Leaving Certificate Examination, 1915
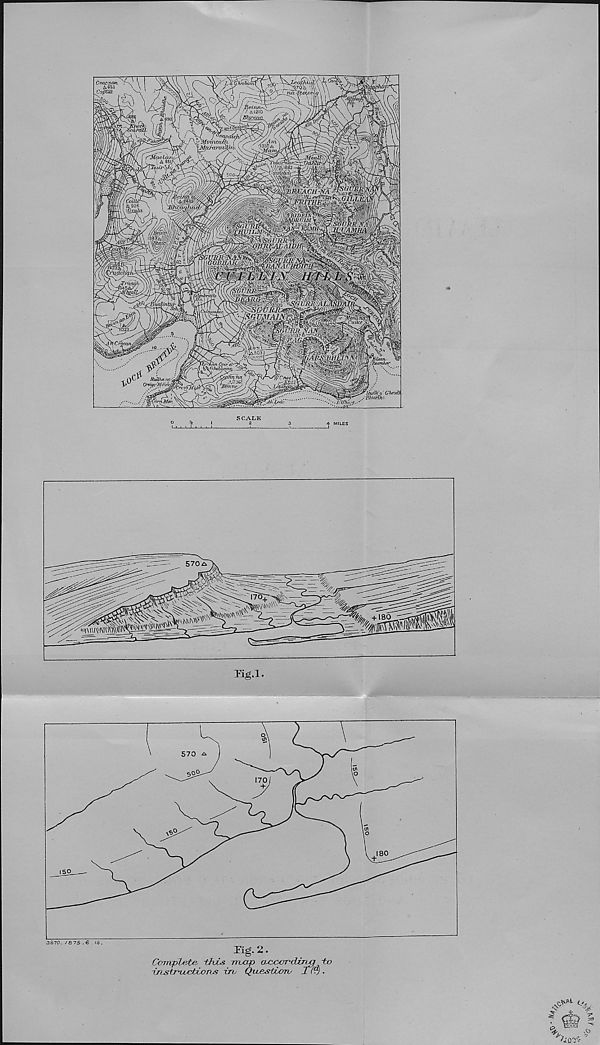
Tig. 2.
Complete, this nuip> aoccr-diruj to
instnioctions in, Qwestioru Xtr).
3870. /87S.€ IS.